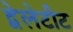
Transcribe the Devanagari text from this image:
द्वेलेटीट